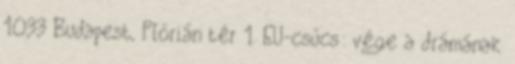
1033 Budapest, Flórián tér 1. EU-csúcs: vége a drámának